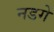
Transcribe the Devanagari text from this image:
नडगे